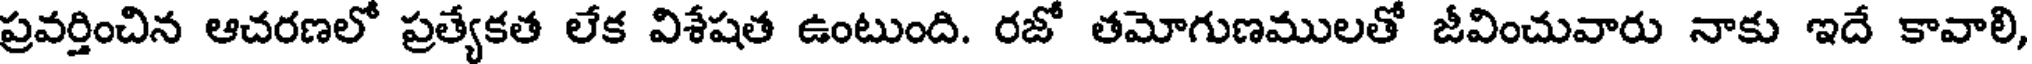
ప్రవర్తించిన ఆచరణలో ప్రత్యేకత లేక విశేషత ఉంటుంది. రజో తమోగుణములతో జీవించువారు నాకు ఇదే కావాలి,